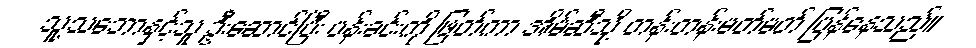
သူ့သဘောနှင့်သူ ဦးဆောင်ပြီး ပန်းခင်းကို ဖြတ်ကာ အိမ်ဆီသို့ တန်းတန်းမတ်မတ် ပြန်နေသည်။